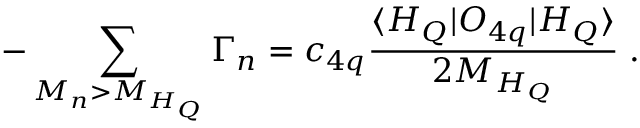
- \sum _ { M _ { n } > M _ { H _ { Q } } } \Gamma _ { n } = c _ { 4 q } \frac { \langle H _ { Q } | { \cal O } _ { 4 q } | H _ { Q } \rangle } { 2 M _ { H _ { Q } } } \; .